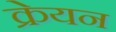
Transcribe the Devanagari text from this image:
क्रेयन